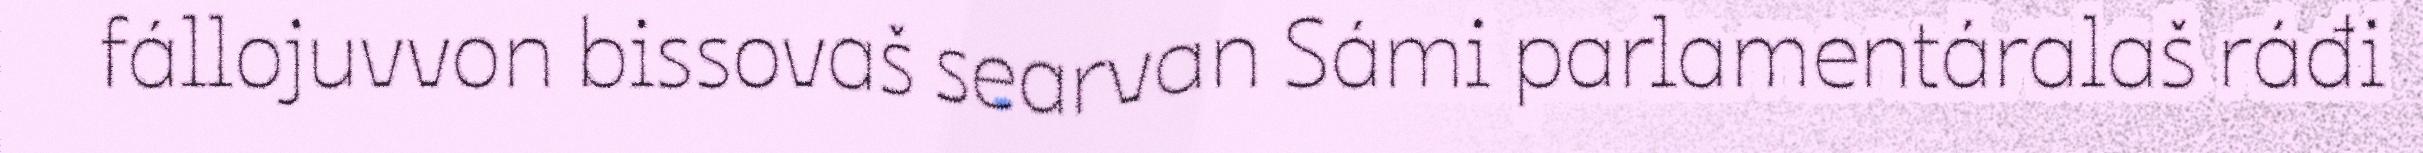
fállojuvvon bissovaš searvan Sámi parlamentáralaš ráđi